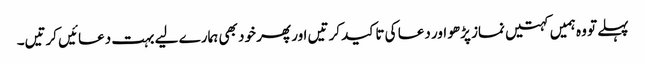
پہلے تو وہ ہمیں کہتیں نماز پڑھو اور دعا کی تاکید کرتیں اور پھر خود بھی ہمارے لیے بہت دعائیں کرتیں۔